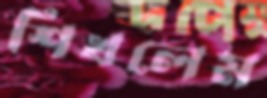
শিখলেম